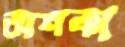
অশক্য